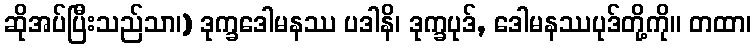
ဆိုအပ်ပြီးသည်သာ၊) ဒုက္ခဒေါမနဿ ပဒါနိ၊ ဒုက္ခပုဒ်, ဒေါမနဿပုဒ်တို့ကို။ တထာ၊